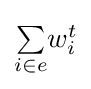
\textstyle {\underset {i\in e}{\sum }}w_{i}^{t}